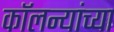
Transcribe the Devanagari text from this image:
कॉलन्यांच्या